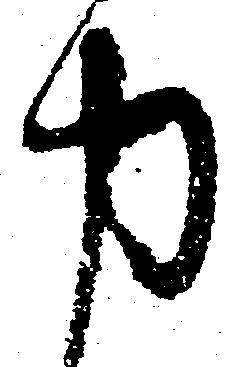
力